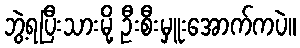
ဘွဲ့ရပြီးသားမို့ ဦးစီးမှူးအောက်ကပဲ။